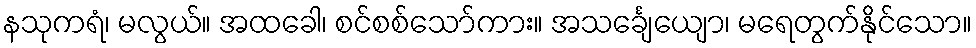
နသုကရံ၊ မလွယ်။ အထခေါ၊ စင်စစ်သော်ကား။ အသင်္ချေယျော၊ မရေတွက်နိုင်သော။